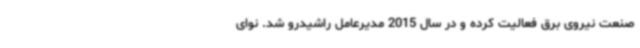
صنعت نیروی برق فعالیت کرده و در سال 2015 مدیرعامل راشیدرو شد. نوای